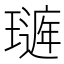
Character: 𤩻